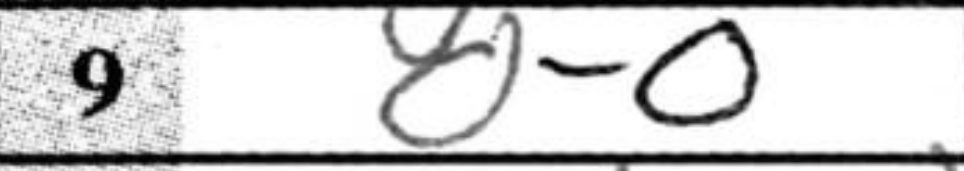
Transcription: O-O